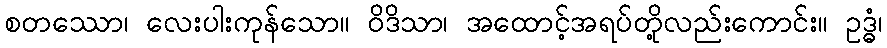
စတဿော၊ လေးပါးကုန်သော။ ဝိဒိသာ၊ အထောင့်အရပ်တို့လည်းကောင်း။ ဥဒ္ဓံ၊